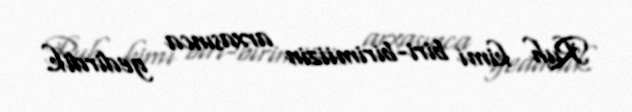
Ruh kimi biri-birimiizin arxasınca gedirdik.